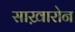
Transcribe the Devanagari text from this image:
साख़ारोन